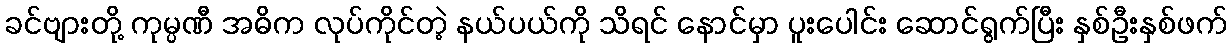
ခင်ဗျားတို့ ကုမ္ပဏီ အဓိက လုပ်ကိုင်တဲ့ နယ်ပယ်ကို သိရင် နောင်မှာ ပူးပေါင်း ဆောင်ရွက်ပြီး နှစ်ဦးနှစ်ဖက်